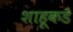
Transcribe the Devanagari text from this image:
शाहूकडे